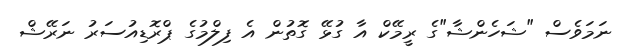
ނަމަވެސް "ޝަހެންޝާ"ގެ ރީމޭކް އާ ގުޅޭ ގޮތުން އެ ފިލްމުގެ ޕްރޮޑިއުސަރު ނަރޭޝް